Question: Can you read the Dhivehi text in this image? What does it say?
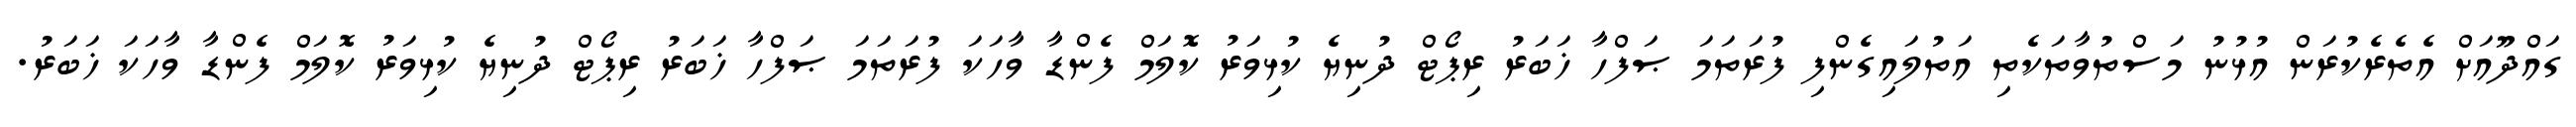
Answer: ގައްދޫއަށް އެތެރެކުރަން އުޅުނު މަސްތުވާތަކެތި އަތުލައިގެންފި ފުރަތަމަ ޞަފްހާ ޚަބަރު ރިޕޯޓް ދުނިޔެ ކުޅިވަރު ކޮލަމް ފެންޑާ ވާހަކަ ފުރަތަމަ ޞަފްހާ ޚަބަރު ރިޕޯޓް ދުނިޔެ ކުޅިވަރު ކޮލަމް ފެންޑާ ވާހަކަ ޚަބަރު.